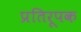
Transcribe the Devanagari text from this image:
प्रतिरूपक